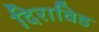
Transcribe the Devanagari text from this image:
दिराविड